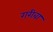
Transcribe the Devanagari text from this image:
गरीबा